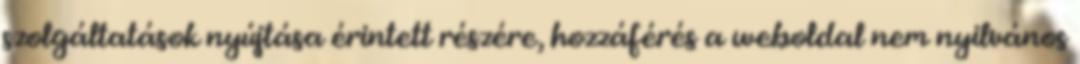
szolgáltatások nyújtása érintett részére, hozzáférés a weboldal nem nyilvános